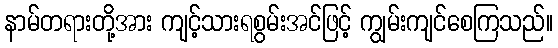
နာမ်တရားတို့အား ကျင့်သားရစွမ်းအင်ဖြင့် ကျွမ်းကျင်စေကြသည်။